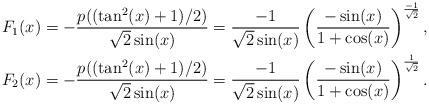
LaTeX: \begin{align*}F_1(x)&=-\frac{p((\tan^2(x)+1)/2)}{\sqrt{2}\sin(x)}=\frac{-1}{\sqrt{2}\sin(x)}\left(\frac{-\sin(x)}{1+\cos(x)}\right)^{\frac{-1}{\sqrt{2}}},\\F_2(x)&=-\frac{p((\tan^2(x)+1)/2)}{\sqrt{2}\sin(x)}=\frac{-1}{\sqrt{2}\sin(x)}\left(\frac{-\sin(x)}{1+\cos(x)}\right)^{\frac{1}{\sqrt{2}}}.\end{align*}